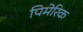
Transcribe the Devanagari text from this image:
पिमेरिक